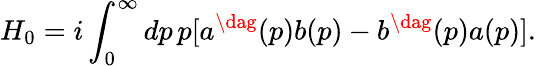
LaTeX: H_{0}=i\int_{0}^{\infty}dp\, p[a^{\dag}(p)b(p)-b^{\dag}(p)a(p)].